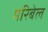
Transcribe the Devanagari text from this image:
मरिबेल